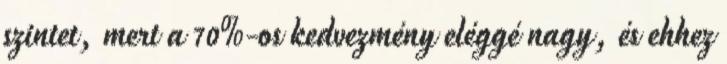
szintet, mert a 70%-os kedvezmény eléggé nagy, és ehhez